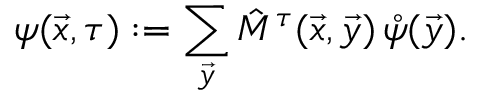
\psi ( \vec { x } , \tau ) : = \sum _ { \vec { y } } \hat { M } ^ { \tau } ( \vec { x } , \vec { y } ) \, \mathring \psi ( \vec { y } ) .